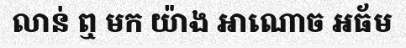
លាន់ ឮ មក យ៉ាង អាណោច អធ័ម